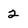
Character: 2